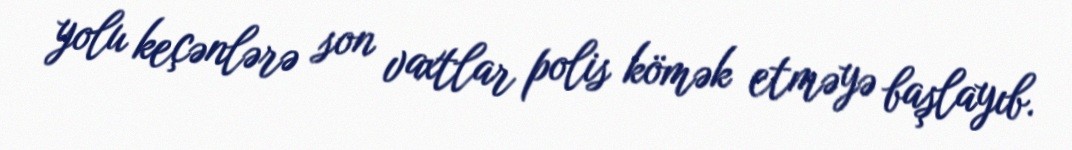
yolu keçənlərə son vaxtlar polis kömək etməyə başlayıb.